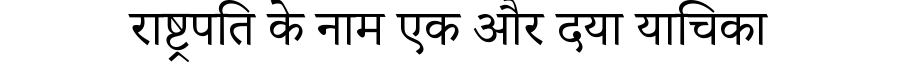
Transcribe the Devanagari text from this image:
राष्ट्रपति के नाम एक और दया याचिका